Account of plague administration in the Bombay Presidency from September 1896 till May 1897
Year: 1896
Disease focus: Plague
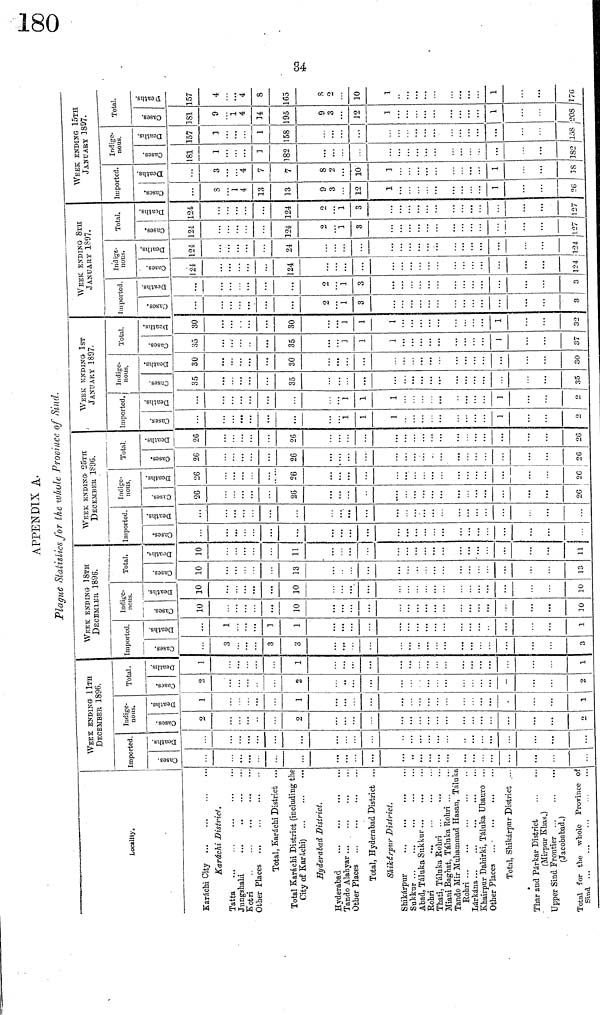
34
APPENDIX A.
Plague Statistics for the whole .Province of Sind.
Locality.
Karachi City
Karachi District.
Tatta
Jungshahi
...
Kotri
Other Places ...
Total, Karachi District ...
Total Karáchi District (including the
City of Karáchi)
Hyderabad, District.
Hyderabad
Tando Alahyar
Other Places
Total, Hyderabad District ...
Shik\ill\ District.
Shikárpur
Sukkur
Abad, Táluka Sukkur
Rohri
Thati, Táluka Rohri
Tando Mir Muhammad Hasan, Táluka
Rohri
Lárkána
Khairpur Dahirki, Táluka Ubauro ...
Other Places
Total, Shikárpur District ...
(Mirpur Khas.)
Upper Sind Frontier
(Jacobabad.)
Total for the whole Province of
Sind
WEEK ENDING 11TH
DECEMBER 1896.
Imported.
CasesDeaths
Indige-
nous.
Cases
2
2
2
Deaths
1
1
1
Total .
Cases
2
2
2
Deaths
1
1
WKEK ENDING- 18TH
DECBMIER 1896.
Imported.
Cases
3
3
3
3
Deaths
1
1
1
1
Indige-
nous.
Cases
10
10
10
Deaths
10
10
10
Total.
Cases
10
13
13
Deaths
10
11
WEEK ENDING 25 TH
DECEMBER 1896.
Imported.
Cases
11
Deaths
Indige-
nous.
Cases
26
26
26
Deaths
26
26
20
Total.
Cases
26
26
26
Deaths
26
26
26
WEEK ENDING- 1ST
JANUARY 1897.
Imported.
Cases
1
1
1
1
2
1
1
1
1
2
Indige-
nous.
Cases
35
35
35
30
30
30
Total.
Cases
35
35
1
1
1
1
37
30
30
1
1
1
1
32
WEEK ENDING 8TH
JANUARY 1897.
Imported.
Cases
2
1
3
3
Deaths
2
1
3
3
Indige-
nous.
Cases
124
124
124
Deaths
124
24
124
Total.
Cases
124
124
2
1
3
127
Deaths
124
124
2
1
3
127
WEEK ENDING 15TH
JANUARY 1897.
Imported.
Cases
8
1
4
13
13
9
3
12
1
1
26
Deaths
3
4
7
7
8
2
10
1
1
18
Indige-
nous.
Cases
181
1
1
182
182
157
1
1
158
158
Total.
Cases
181
9
1
4
34
195
9
3
12
1
1
208
157
4
4
8
165
S
o
10
1
1
276